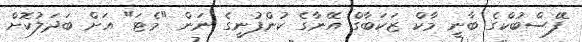
ފޭސްބުކްގެ ބާނީ މާކް ޒަކަބާގް އޭނާގެ ކުންފުނީގެ ނަން "މެޓަ" އަށް ބަދަލުކޮށް